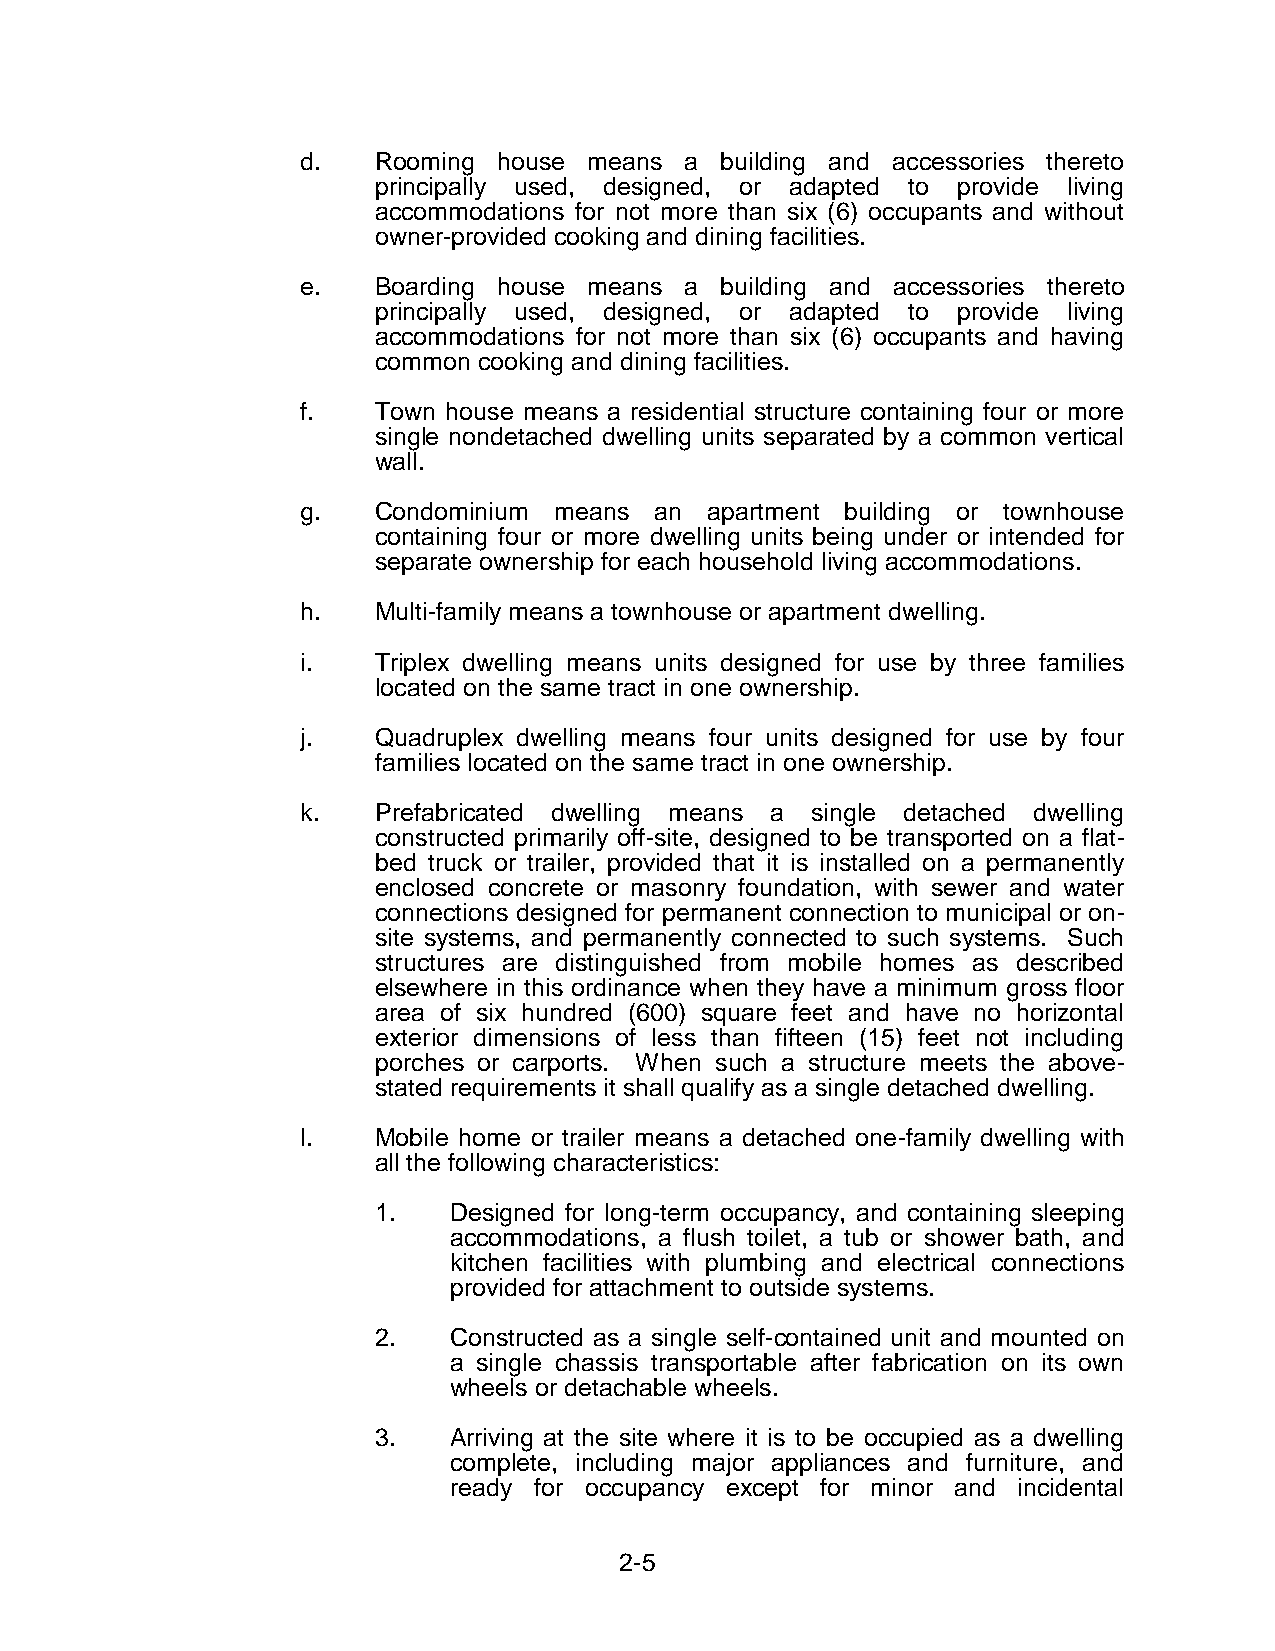
d.   Rooming house means a  building and accessories thereto
 principally used, designed, or adapted to provide living
 accommodations for not more than six (6) occupants and without
 owner-provided cooking and dining facilities.
 e.   Boarding house means a building and accessories thereto
 principally used, designed, or adapted to provide living
 accommodations for not more than six (6) occupants and having
 common cooking and dining facilities.
 f.   Town house means a residential structure containing four or more
 single nondetached dwelling units separated by a common vertical
 wall.
 g.   Condominium means an  apartment building or townhouse
 containing four or more dwelling units being under or intended for
 separate ownership for each household living accommodations.
 h.   Multi-family means a townhouse or apartment dwelling.
 i.   Triplex dwelling means units designed for use by three families
 located on the same tract in one ownership.
 j.   Quadruplex dwelling means four units designed for use by four
 families located on the same tract in one ownership.
 k.   Prefabricated dwelling means a single detached dwelling
 constructed primarily off-site, designed to be transported on a flat-
 bed truck or trailer, provided that it is installed on a permanently
 enclosed concrete or masonry foundation, with sewer and water
 connections designed for permanent connection to municipal or on-
 site systems, and permanently connected to such systems. Such
 structures are distinguished from mobile homes as described
 elsewhere in this ordinance when they have a minimum gross floor
 area of six hundred (600) square feet and have no horizontal
 exterior dimensions of less than fifteen (15) feet not including
 porches or carports. When such a structure meets the above-
 stated requirements it shall qualify as a single detached dwelling.
 l.   Mobile home or trailer means a detached one-family dwelling with
 all the following characteristics:
 1.   Designed for long-term occupancy, and containing sleeping
 accommodations, a flush toilet, a tub or shower bath, and
 kitchen facilities with plumbing and electrical connections
 provided for attachment to outside systems.
 2.   Constructed as a single self-contained unit and mounted on
 a single chassis transportable after fabrication on its own
 wheels or detachable wheels.
 3.   Arriving at the site where it is to be occupied as a dwelling
 complete, including major appliances and furniture, and
 ready for occupancy except for minor and incidental
 2-5